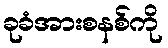
ခုခံအားစနစ်ကို